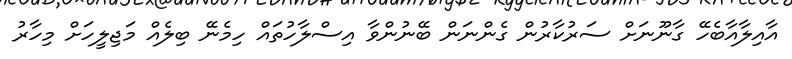
އާއިލާއާބެހޭ ގާނޫނަށް ސަރުކާރުން ގެންނަން ބޭނުންވާ އިސްލާހުތައް ހިމެނޭ ބިލެއް މަޖިލީހަށް މިހާރު